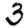
Digit: 3